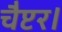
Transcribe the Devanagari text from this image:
चैप्टर।